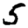
Digit: 5